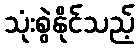
သုံးစွဲနိုင်သည့်